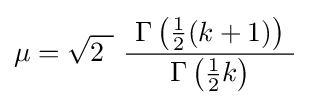
\mu ={\sqrt {2\ }}\ {\frac {\ \Gamma \left({\tfrac {1}{2}}(k+1)\right)\ }{\Gamma \left({\tfrac {1}{2}}k\right)}}\